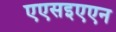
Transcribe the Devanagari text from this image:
एएसइएएन